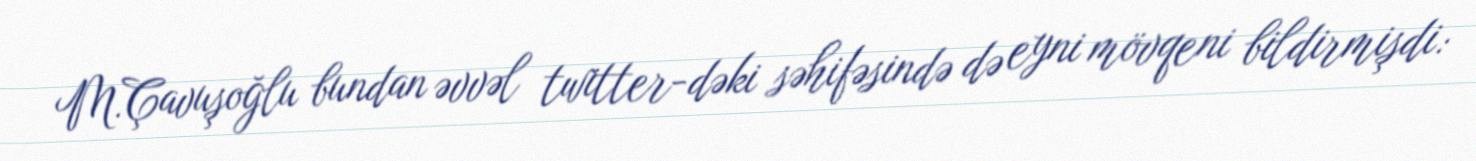
M.Çavuşoğlu bundan əvvəl twitter-dəki səhifəsində də eyni mövqeni bildirmişdi: